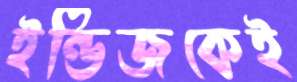
ইন্ডিজকেই